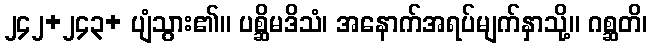
၂၄၂+၂၄၃+ ပျံသွား၏။ ပစ္ဆိမဒိသံ၊ အနောက်အရပ်မျက်နှာသို့။ ဂစ္ဆတိ၊